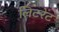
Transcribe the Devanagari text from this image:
लिटरेट